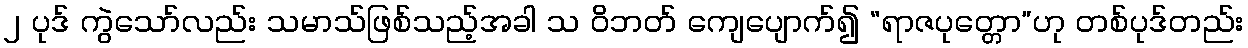
၂ ပုဒ် ကွဲသော်လည်း သမာသ်ဖြစ်သည့်အခါ သ ဝိဘတ် ကျေပျောက်၍ “ရာဇပုတ္တော”ဟု တစ်ပုဒ်တည်း